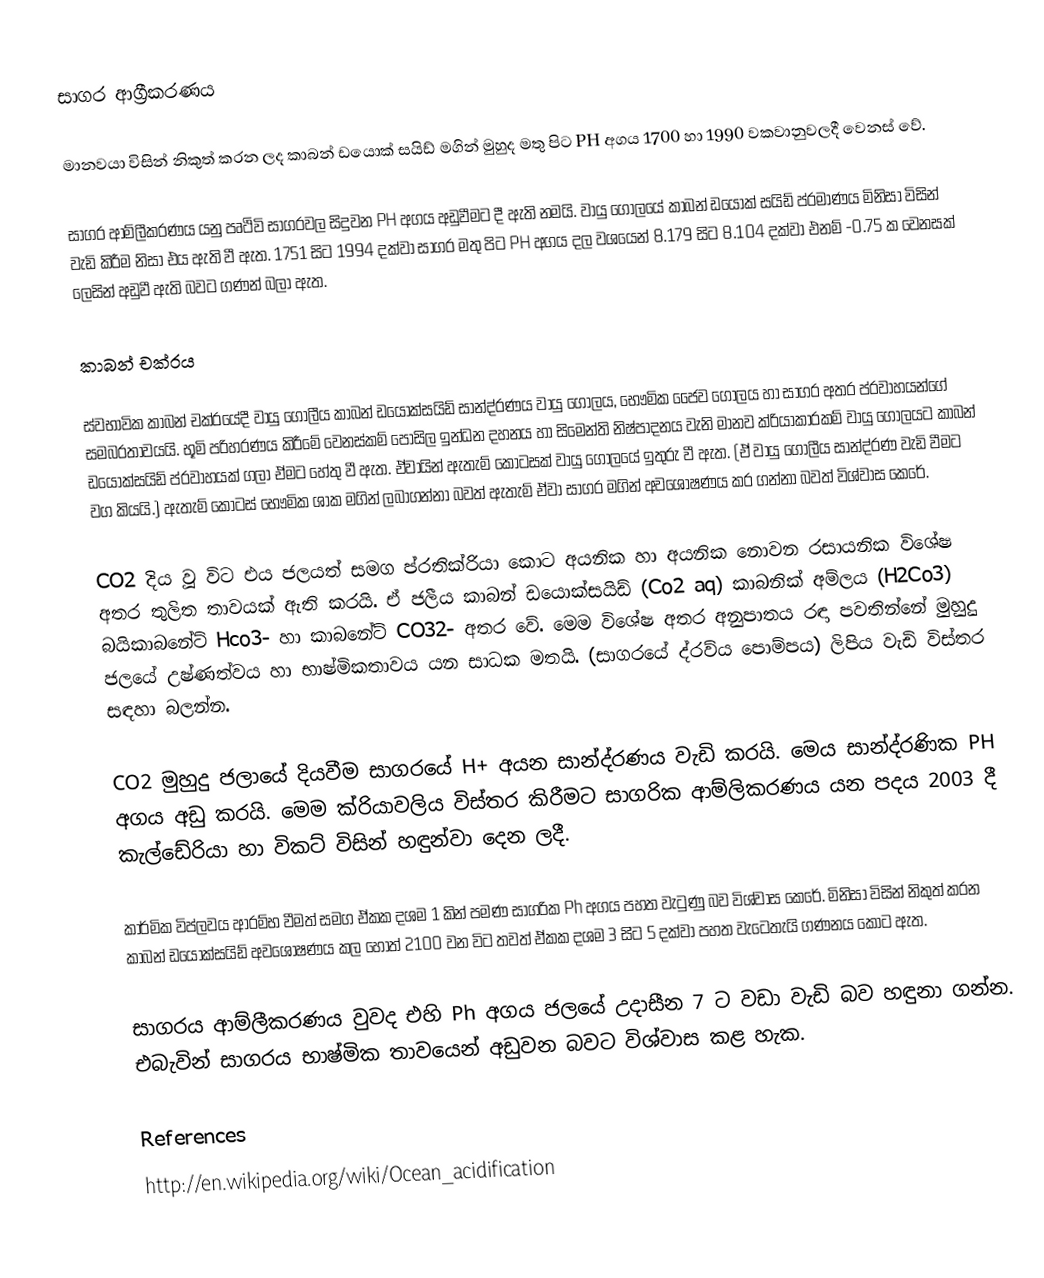
සාගර ආග්‍රීකරණය

මානවයා විසින් නිකුත් කරන ලද කාබන් ඩයොක් සයිඩ් මගින් මුහුද මතු පිට PH අගය 1700 හා 1990 වකවානුවලදී වෙනස් වේ.

සාගර ආම්ලීකරණය යනු පෘථිවි සාගරවල සිදුවන PH අගය අඩුවීමට දී ඇති නමයි. වායු ගෝලයේ කාබන් ඩයොක් සයිඩ් ප්රමාණය මිනිසා විසින් වැඩි කිරීම නිසා එය ඇති වී ඇත. 1751 සිට 1994 දක්වා සාගර මතු පිට PH අගය දල වශයෙන් 8.179 සිට 8.104 දක්වා එනම් -0.75 ක වෙනසක් ලෙසින් අඩුවී ඇති බවට ගණන් බලා ඇත.

කාබන් චක්රය

ස්වභාවික කාබන් චක්රයේදී වායු ගෝලීය කාබන් ඩයොක්සයිඩ් සාන්ද්රණය වායු ගෝලය, භෞමික ජෛව ගෝලය හා සාගර අතර ප්රවාහයන්ගේ සමබරතාවයයි. භූමි පරිහරණය කිරීමේ වෙනස්කම් පොසිල ඉන්ධන දහනය හා සිමෙන්ති නිෂ්පාදනය වැනි මානව ක්රියාකාරකම් වායු ගෝලයට කාබන් ඩයොක්සයිඩ් ප්රවාහයක් ගලා ඒමට හේතු වී ඇත. ඒවායින් ඇතැම් කොටසක් වායු ගෝලයේ ඉතුරු වී ඇත. (ඒ වායු ගෝලීය සාන්ද්රණ වැඩි වීමට වග කියයි.) ඇතැම් කොටස් භෞමික ශාක මගින් ලබාගන්නා බවත් ඇතැම් ඒවා සාගර මගින් අවශෝෂණය කර ගන්නා බවත් විශ්වාස කෙරේ.

CO2  දිය වූ විට එය ජලයත් සමග ප්රතික්රියා කොට අයනික හා අයනික නොවන රසායනික විශේෂ අතර තුලිත තාවයක් ඇති කරයි. ඒ ජලීය කාබන් ඩයොක්සයිඩ් (Co2 aq) කාබනික් අම්ලය (H2Co3) බයිකාබනේට් Hco3- හා කාබනේට් CO32- අතර වේ. මෙම විශේෂ අතර අනුපාතය රඳා පවතින්නේ මුහුදු ජලයේ උෂ්ණත්වය හා භාෂ්මිකතාවය යන සාධක මතයි. (සාගරයේ ද්රව්ය පොම්පය) ලිපිය වැඩි විස්තර සඳහා බලන්න.

CO2 මුහුදු ජලායේ දියවීම සාගරයේ H+ අයන සාන්ද්රණය වැඩි කරයි. මෙය සාන්ද්රණික PH අගය අඩු කරයි. මෙම ක්රියාවලිය විස්තර කිරීමට සාගරික ආම්ලිකරණය යන පදය 2003 දී කැල්ඩේරියා හා විකට් විසින් හඳුන්වා දෙන ලදී.

කාර්මික විප්ලවය ආරම්භ වීමත් සමග ඒකක දශම 1 කින් පමණ සාගරික Ph අගය පහත වැටුණු බව විශ්වාස කෙරේ. මිනිසා විසින් නිකුත් කරන කාබන් ඩයොක්සයිඩ් අවශෝෂණය කල හොත් 2100 වන විට තවත් ඒකක දශම 3 සි්ට 5 දක්වා පහත වැටෙතැයි ගණනය කොට ඇත.

සාගරය ආම්ලීකරණය වුවද එහි Ph අගය ජලයේ උදාසීන 7 ට වඩා වැඩි බව හඳුනා ගන්න. එබැවින් සාගරය භාෂ්මික තාවයෙන් අඩුවන බවට විශ්වාස කළ හැක.

References
http://en.wikipedia.org/wiki/Ocean_acidification